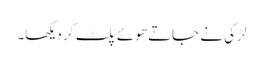
لڑکی نے جاتے ھوئے پلٹ کر دیکھا۔